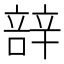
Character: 𮝼